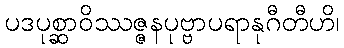
ပဒပုစ္ဆာဝိဿဇ္ဇနပုဗ္ဗာပရာနုဂီတီဟိ၊